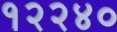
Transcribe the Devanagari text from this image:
१२२४०